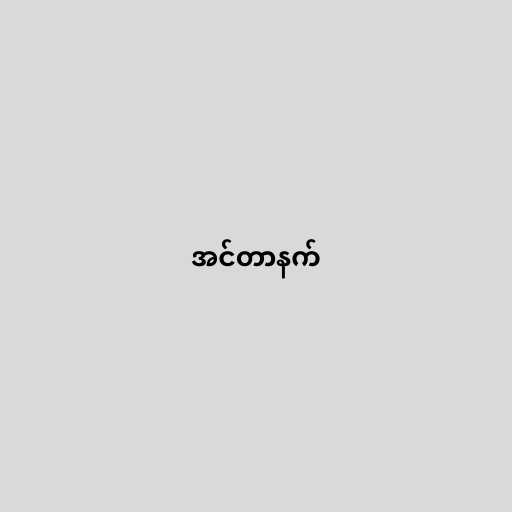
အင်တာနက်